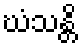
ဃံသန္တိ